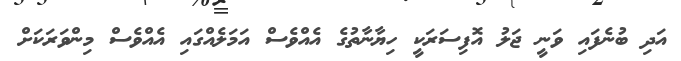
އަދި ބުނެފައި ވަނީ ޖަލު އޮފިސަރަކީ ހިޔާނާތުގެ އެއްވެސް އަމަލެއްގައި އެއްވެސް މިންވަރަކަށް